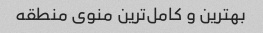
بهترین و کامل‌ترین منوی منطقه